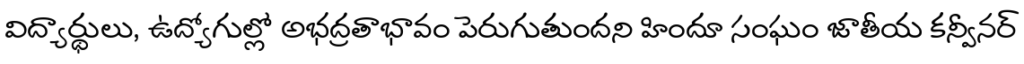
విద్యార్థులు, ఉద్యోగుల్లో అభద్రతాభావం పెరుగుతుందని హిందూ సంఘం జాతీయ కన్వీనర్